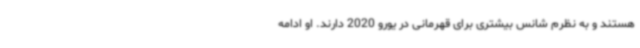
هستند و به نظرم شانس بیشتری برای قهرمانی در یورو 2020 دارند. او ادامه